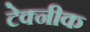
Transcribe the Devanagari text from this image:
टेक्नीक